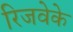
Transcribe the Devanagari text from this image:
रिजवेके